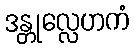
ဒန္တုလ္လေဟကံ